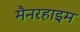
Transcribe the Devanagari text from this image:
मैनरहाइम